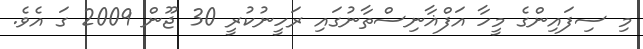
މި ސިފައިންގެ މީހާ އަފްޣާނިސްތާނުގައި ރަހީނުކުރީ 30 ޖޫން 2009 ގަ އެވެ.